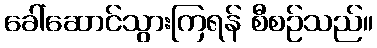
ခေါ်ဆောင်သွားကြရန် စီစဉ်သည်။